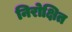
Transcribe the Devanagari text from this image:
निरोक्षित